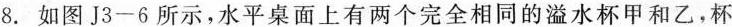
8. 如图J3-6所示，水平桌面上有两个完全相同的溢水杯甲和乙，杯